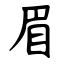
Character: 眉